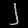
Digit: ၂